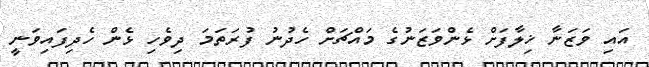
އައި ވަޒަނާ ޚިލާފަށް ޅެންވަޒަނުގެ މައްޗަށް ހެދުނު ފުރަތަމަ ދިވެހި ޅެން ހެދިފައިވަނީ